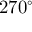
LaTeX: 2 7 0 ^ { \circ }